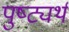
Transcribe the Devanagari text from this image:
पुष्ट्यर्थ